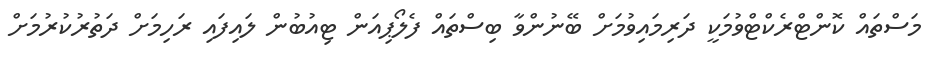
މަސްތައް ކޮންޓްރެކްޓްވުމަކީ ދަރިމައިވުމަށް ބޭނުންވާ ބިސްތައް ފެލޯޕިއަން ޓިއުބުން ލައިފައި ރަހިމަށް ދަތުރުކުރުމަށް